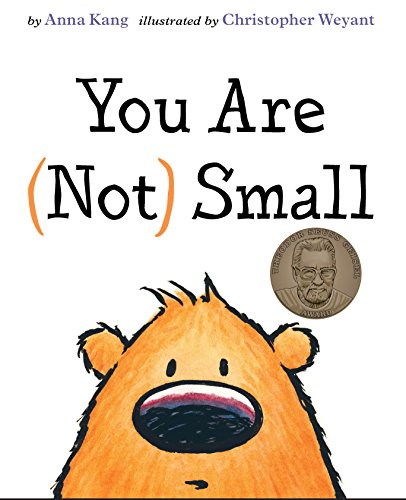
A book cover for You Are Not Small; Anna Kang; Children's Books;